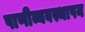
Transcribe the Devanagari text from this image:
पाणीव्यवस्थापन